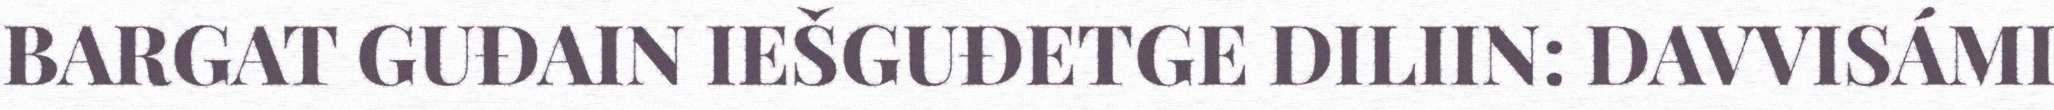
BARGAT GUĐAIN IEŠGUĐETGE DILIIN: DAVVISÁMI